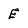
Character: E